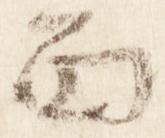
面